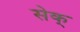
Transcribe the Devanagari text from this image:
सेक्